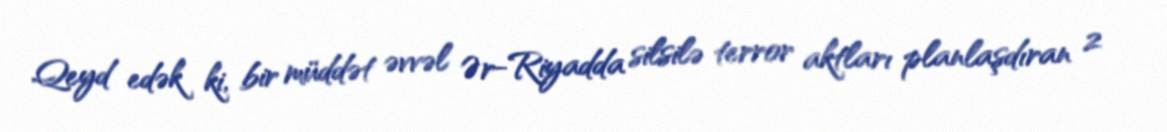
Qeyd edək ki, bir müddət əvvəl Ər-Riyadda silsilə terror aktları planlaşdıran 2